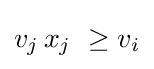
v_{j}\,x_{j}\ \geq v_{i}